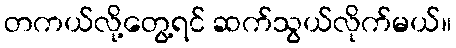
တကယ်လို့တွေ့ရင် ဆက်သွယ်လိုက်မယ်။